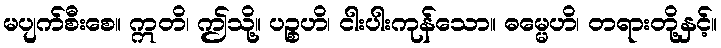
မပျက်စီးစေ။ ဣတိ၊ ဤသို့။ ပဉ္စဟိ၊ ငါးပါးကုန်သော။ ဓမ္မေဟိ၊ တရားတို့နှင့်။